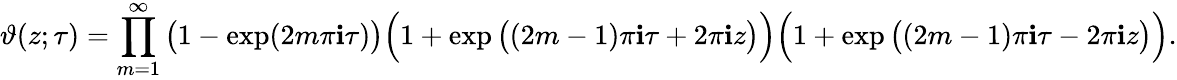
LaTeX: \vartheta(z;\tau)=\prod_{m=1}^{\infty}{\big(}1-\exp(2m\pi\mathbf{i}\tau){\big)}{\Big(}1+\exp{\big(}(2m-1)\pi\mathbf{i}\tau+2\pi\mathbf{i}z{\big)}{\Big)}{\Big(}1+\exp{\big(}(2m-1)\pi\mathbf{i}\tau-2\pi\mathbf{i}z{\big)}{\Big)}.